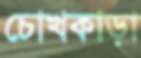
চোখকাড়া